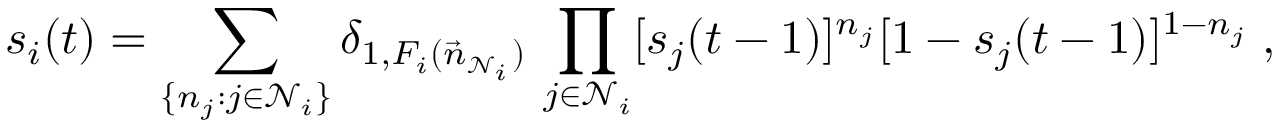
s _ { i } ( t ) = \sum _ { \{ n _ { j } : j \in \mathcal { N } _ { i } \} } \delta _ { 1 , F _ { i } ( \vec { n } _ { \mathcal { N } _ { i } } ) } \, \prod _ { j \in \mathcal { N } _ { i } } [ s _ { j } ( t - 1 ) ] ^ { n _ { j } } [ 1 - s _ { j } ( t - 1 ) ] ^ { 1 - n _ { j } } \; ,